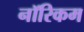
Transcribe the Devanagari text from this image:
नॉरिकम